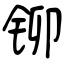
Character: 铆